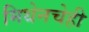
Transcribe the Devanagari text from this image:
मिथेनचेही